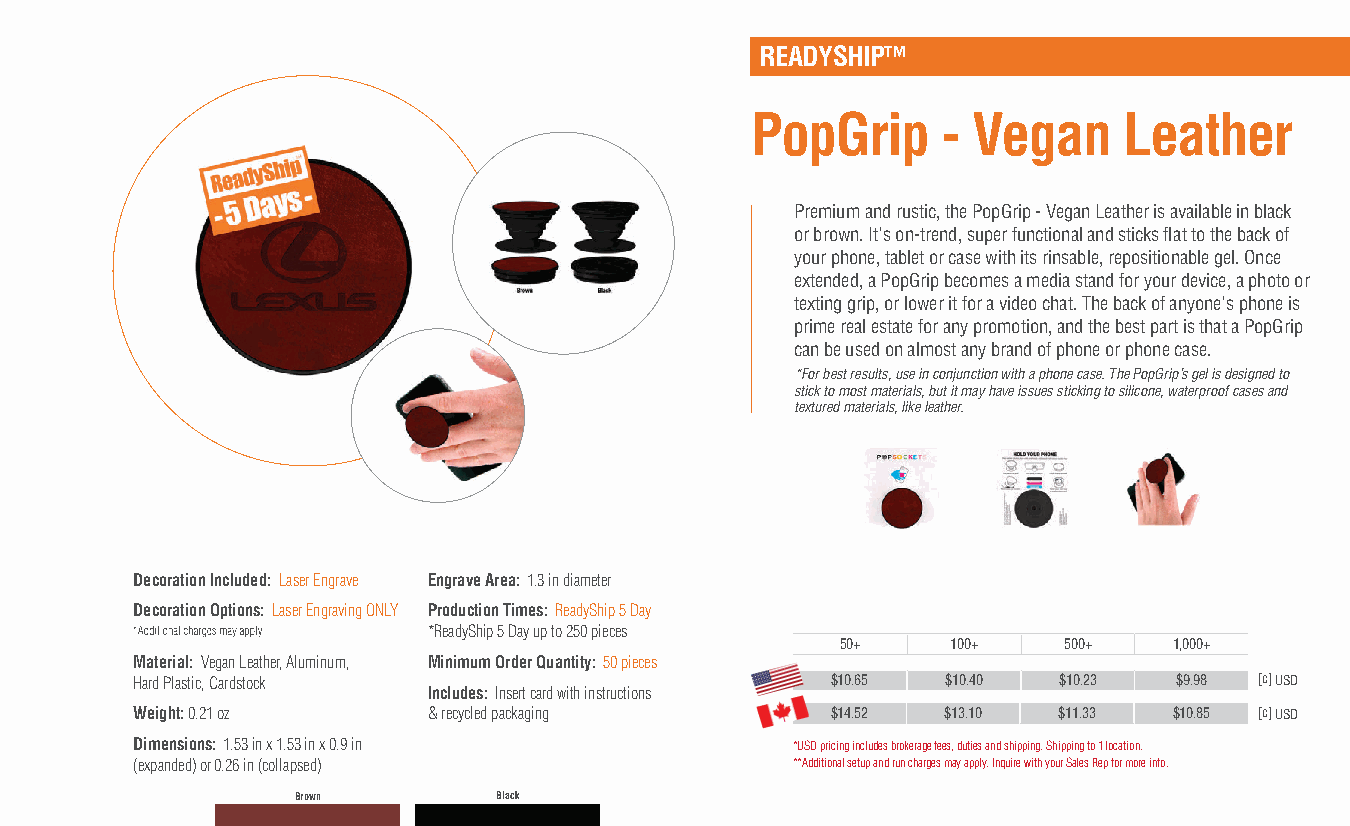
READYSHIP™
 PopGrip     - Vegan     Leather
 Premium and rustic, the PopGrip - Vegan Leather is available in black
 or brown. It's on-trend, super functional and sticks fl at to the back of
 your phone, tablet or case with its rinsable, repositionable gel. Once
 extended, a PopGrip becomes a media stand for your device, a photo or
 texting grip, or lower it for a video chat. The back of anyone's phone is
 prime real estate for any promotion, and the best part is that a PopGrip
 can be used on almost any brand of phone or phone case.
 *For best results, use in conjunction with a phone case. The PopGrip’s gel is designed to
 stick to most materials, but it may have issues sticking to silicone, waterproof cases and
 textured materials, like leather.
 Decoration Included: Laser Engrave Engrave Area: 1.3 in diameter
 Decoration Options: Laser Engraving ONLY Production Times: ReadyShip 5 Day
 *ReadyShip 5 Day up to 250 pieces
 50+    100+   500+    1,000+
 Material: Vegan Leather, Aluminum, Minimum Order Quantity: 50 pieces
 Hard Plastic, Cardstock                       $10.65  $10.40 $10.23  $9.98 [c] USD
 Includes: Insert card with instructions
 Weight: 0.21 oz    & recycled packaging       $14.52  $13.10 $11.33  $10.85 [c] USD
 Dimensions: 1.53 in x 1.53 in x 0.9 in     *USD pricing includes brokerage fees, duties and shipping. Shipping to 1 location.
 (expanded) or 0.26 in (collapsed)          **Additional setup and run charges may apply. Inquire with your Sales Rep for more info.
 Brown        Black